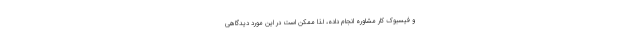
و فیسبوک کار مشاوره انجام داده، لذا ممکن است در این مورد دیدگاهی